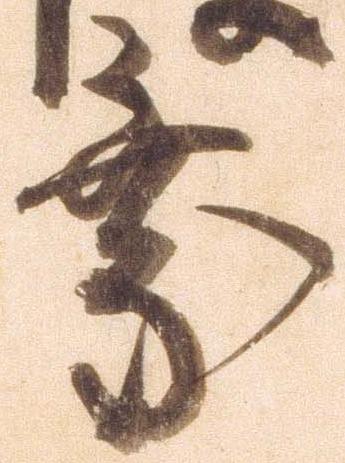
乗